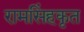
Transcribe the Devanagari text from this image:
रामसिंहकृत